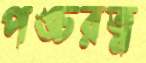
পঙ্চরত্ন